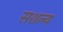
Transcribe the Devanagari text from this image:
सशल्य